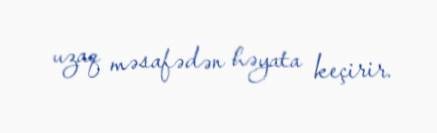
uzaq məsafədən həyata keçirir.